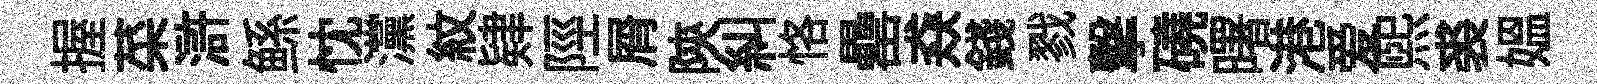
握菜滸鲧忱灙紋肄陘屑陝糾恪罍猋錢戮擊磽曙港爱煕裘媪